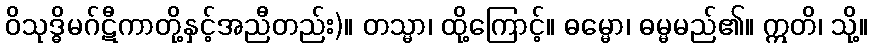
ဝိသုဒ္ဓိမဂ်ဋီကာတို့နှင့်အညီတည်း)။ တသ္မာ၊ ထို့ကြောင့်။ ဓမ္မော၊ ဓမ္မမည်၏။ ဣတိ၊ သို့။